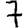
Digit: 7